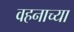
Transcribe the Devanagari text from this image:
वहनाच्या